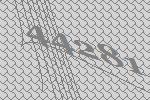
44281